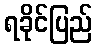
ရခိုင်ပြည်